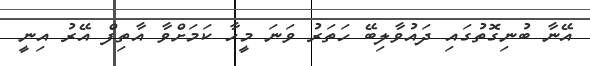
އޭނާ ބުނިގޮތުގައި ދައުވާލިބޭ ހަތަރު ވަނަ މީހާ ކަމަށްވާ އާތިފް އޭރު އިނީ